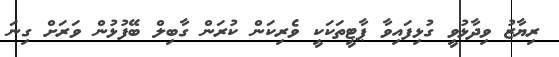
ރިޔާޒު ވިދާޅުވީ ގުޅިފައިވާ ޕާޓީތަކަކީ ވެރިކަން ކުރަން ގާބިލް ބޭފުޅުން ވަރަށް ގިނަ